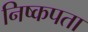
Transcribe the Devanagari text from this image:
निष्कपता